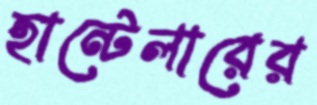
হান্টেলারের